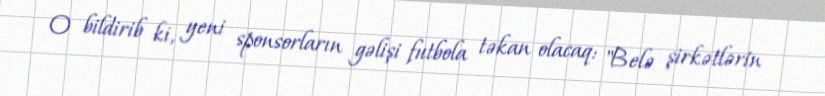
O bildirib ki, yeni sponsorların gəlişi futbola təkan olacaq: "Belə şirkətlərin